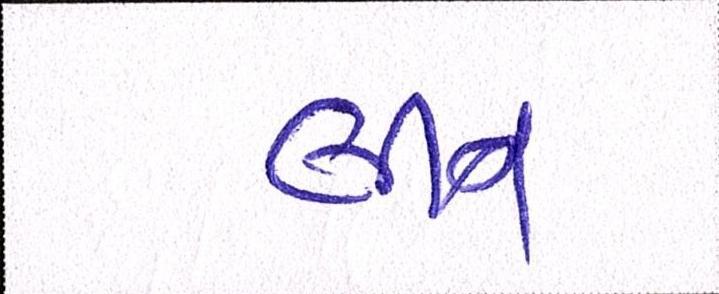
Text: લીન